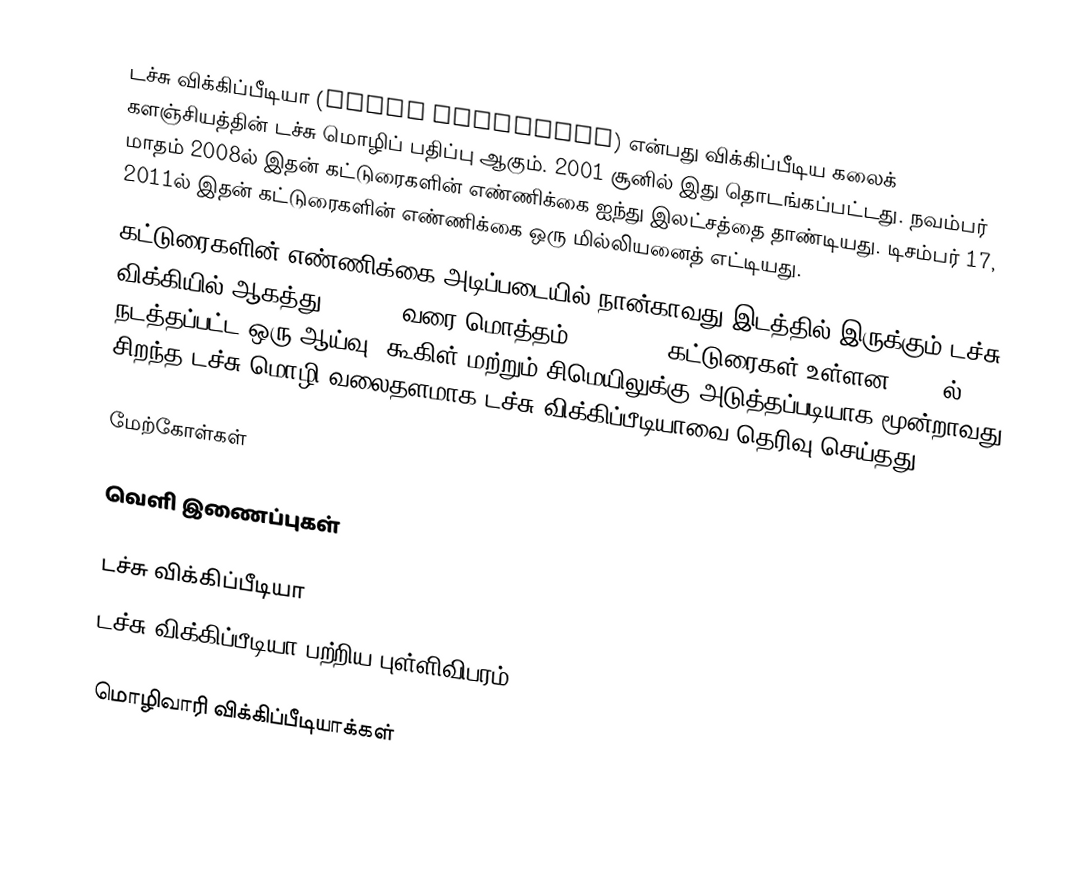
டச்சு விக்கிப்பீடியா (Dutch Wikipedia) என்பது விக்கிப்பீடிய கலைக் களஞ்சியத்தின் டச்சு மொழிப் பதிப்பு ஆகும். 2001 சூனில் இது தொடங்கப்பட்டது. நவம்பர் மாதம் 2008ல் இதன் கட்டுரைகளின் எண்ணிக்கை ஐந்து இலட்சத்தை தாண்டியது. டிசம்பர் 17, 2011ல் இதன் கட்டுரைகளின் எண்ணிக்கை ஒரு மில்லியனைத் எட்டியது.
கட்டுரைகளின் எண்ணிக்கை அடிப்படையில் நான்காவது  இடத்தில் இருக்கும் டச்சு விக்கியில் ஆகத்து 20,2012 வரை மொத்தம் 1,071,718 கட்டுரைகள் உள்ளன. 2006ல் நடத்தப்பட்ட ஒரு ஆய்வு, கூகிள் மற்றும் சிமெயிலுக்கு அடுத்தப்படியாக மூன்றாவது சிறந்த டச்சு மொழி வலைதளமாக டச்சு விக்கிப்பீடியாவை தெரிவு செய்தது.

மேற்கோள்கள்

வெளி இணைப்புகள்

 டச்சு விக்கிப்பீடியா
 டச்சு விக்கிப்பீடியா பற்றிய புள்ளிவிபரம்

மொழிவாரி விக்கிப்பீடியாக்கள்